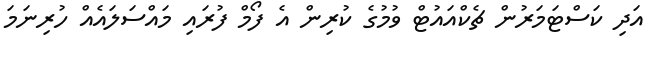
އަދި ކަސްޓަމަރުން ޗެކްއައުޓް ވުމުގެ ކުރިން އެ ފޯމް ފުރައި މައްސަލައެއް ހުރިނަމަ